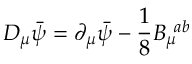
D _ { \mu } \bar { \psi } = \partial _ { \mu } \bar { \psi } - \frac { 1 } { 8 } B _ { \mu } ^ { \, \, \, a b }